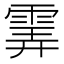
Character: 𩂽